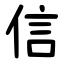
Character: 信